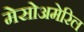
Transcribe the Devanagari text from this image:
मेसोअमेरिल